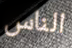
الناس